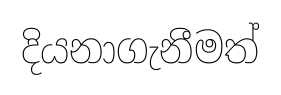
දියනාගැනීමත්